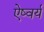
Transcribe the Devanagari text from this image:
ऐष्वर्य